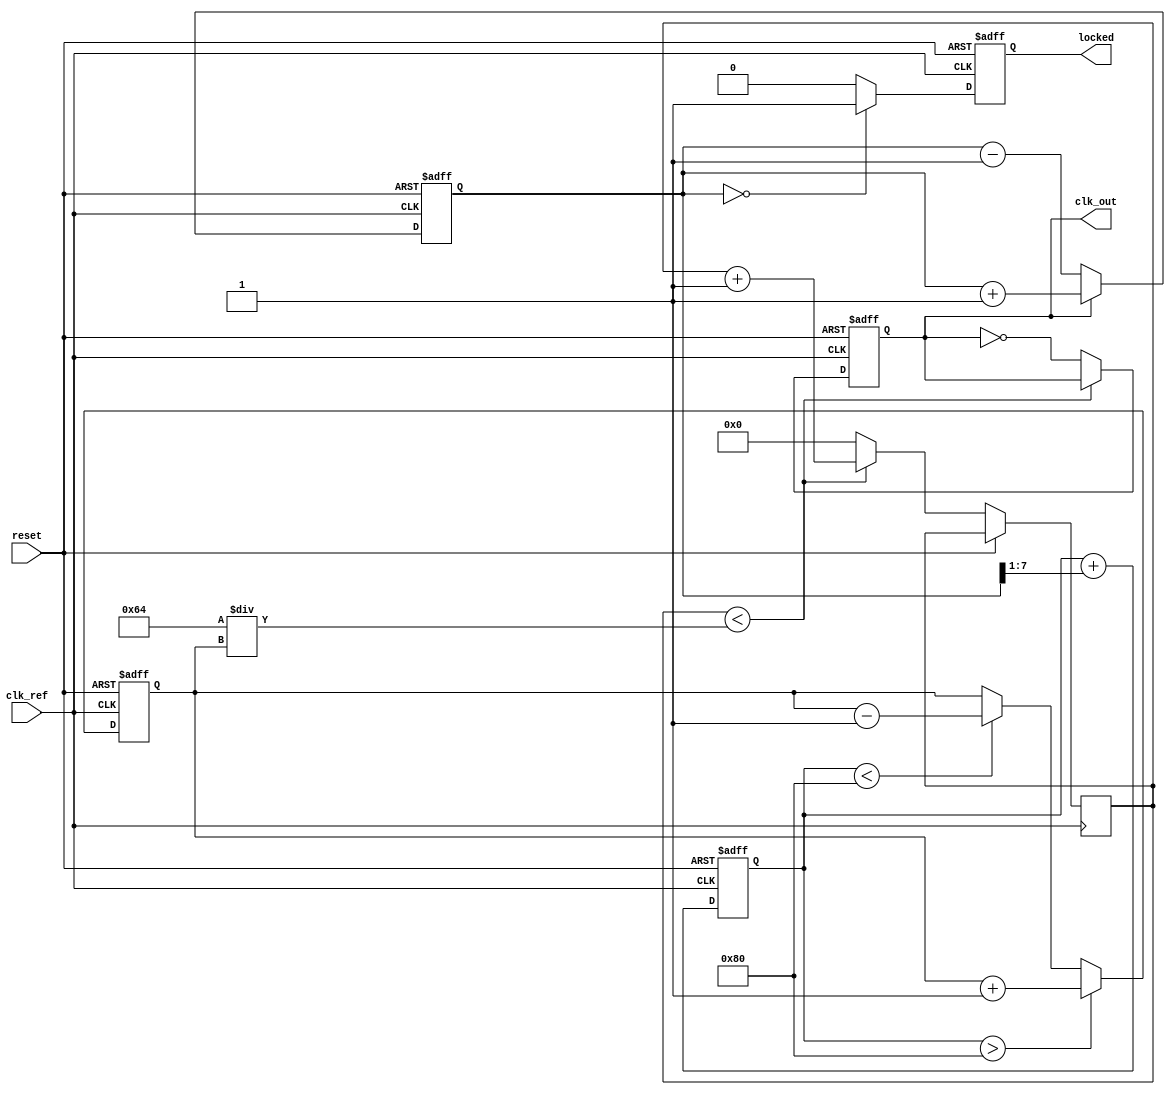
module pll_synchronizer (
    input wire clk_ref,          // Reference clock input (incoming clock)
    input wire reset,            // Asynchronous reset
    output reg clk_out,          // Output clock
    output reg locked            // Lock status indicator
);

// Parameters
parameter integer VCO_MAX_FREQ = 100; // Max frequency for VCO
parameter integer VCO_MIN_FREQ = 10;   // Min frequency for VCO
parameter integer DIV_FACTOR = 2;       // Clock divider factor

// Internal signals
reg [7:0] phase_error;                // Phase error signal
reg [7:0] control_voltage;             // Control voltage for VCO
reg [7:0] vco_output;                  // VCO output frequency
reg [7:0] loop_filter_output;          // Output from loop filter
reg [7:0] clk_divider;                 // Clock divider counter

// Phase Detector (PD)
always @(posedge clk_ref or posedge reset) begin
    if (reset) begin
        phase_error <= 0;
    end else begin
        // Simple phase detection logic (could be more complex)
        if (clk_out) begin
            phase_error <= phase_error + 1; // Increment phase error
        end else begin
            phase_error <= phase_error - 1; // Decrement phase error
        end
    end
end

// Loop Filter (LF)
always @(posedge clk_ref or posedge reset) begin
    if (reset) begin
        control_voltage <= 0;
    end else begin
        // Simple low-pass filter (could be more complex)
        control_voltage <= control_voltage + (phase_error >> 1); // Adjust control voltage
    end
end

// Voltage-Controlled Oscillator (VCO)
always @(posedge clk_ref or posedge reset) begin
    if (reset) begin
        vco_output <= VCO_MIN_FREQ; // Start at minimum frequency
        clk_out <= 0;
    end else begin
        // Adjust VCO output based on control voltage
        if (control_voltage > 128) begin
            vco_output <= vco_output + 1; // Increase frequency
        end else if (control_voltage < 128) begin
            vco_output <= vco_output - 1; // Decrease frequency
        end
        
        // Generate output clock based on VCO output frequency
        if (clk_divider < (VCO_MAX_FREQ / vco_output)) begin
            clk_divider <= clk_divider + 1;
        end else begin
            clk_out <= ~clk_out; // Toggle output clock
            clk_divider <= 0; // Reset divider
        end
    end
end

// Lock detection logic
always @(posedge clk_ref or posedge reset) begin
    if (reset) begin
        locked <= 0;
    end else begin
        // Simple lock detection (could be more complex)
        if (phase_error == 0) begin
            locked <= 1; // Locked when phase error is zero
        end else begin
            locked <= 0; // Not locked
        end
    end
end

endmodule